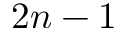
2 n - 1